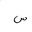
Letter: _sin